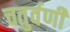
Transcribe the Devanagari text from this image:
चतुर्वर्णी